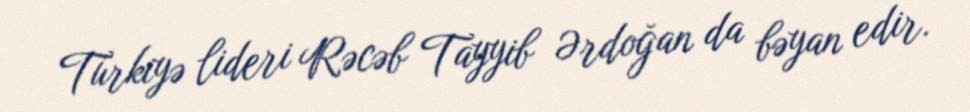
Türkiyə lideri Rəcəb Tayyib Ərdoğan da bəyan edir.